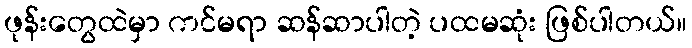
ဖုန်းတွေထဲမှာ ကင်မရာ ဆန်ဆာပါတဲ့ ပထမဆုံး ဖြစ်ပါတယ်။